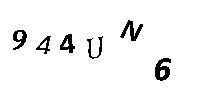
944UN6